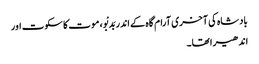
بادشاہ کی آخری آرام گاہ کے اندر بَدبْو، موت کا سکوت اور
اندھیرا تھا۔